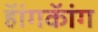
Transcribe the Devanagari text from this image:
हॅांगकॅांग